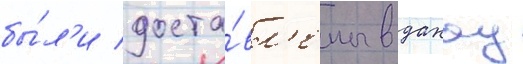
бы́л'и доста́вл'ены в дахау